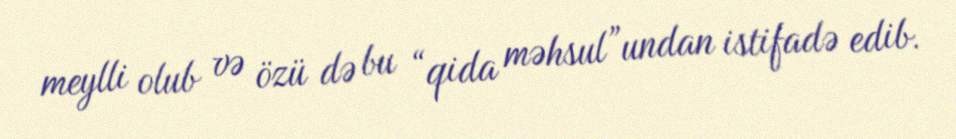
meylli olub və özü də bu “qida məhsul”undan istifadə edib.